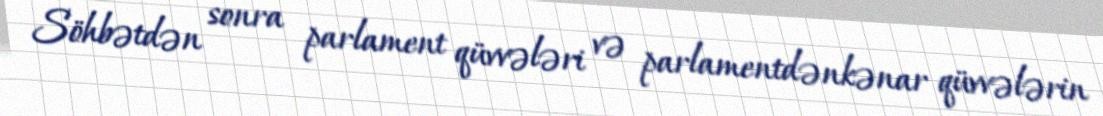
Söhbətdən sonra parlament qüvvələri və parlamentdənkənar qüvvələrin